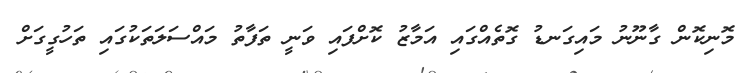
މޮނިކޮން ގާނޫނު މައިގަނޑު ގޮތެއްގައި އަމާޒު ކޮށްފައި ވަނީ ތަފާތު މައްސަލަތަކުގައި ތަހުގީގަށް